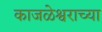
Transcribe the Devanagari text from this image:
काजळेश्वराच्या